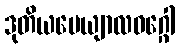
ဒုတိယပေယျာလဝဂ္ဂေါ